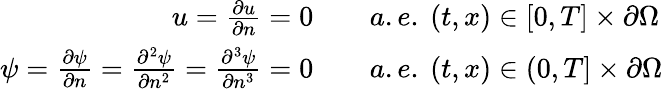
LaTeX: \begin{array}{rl}{u=\frac{\partial u}{\partial n}=0\quad}&{{}a.e.\ (t,x)\in[0,T]\times\partial\Omega}\\ {\psi=\frac{\partial\psi}{\partial n}=\frac{\partial^{2}\psi}{\partial n^{2}}=\frac{\partial^{3}\psi}{\partial n^{3}}=0\quad}&{{}a.e.\ (t,x)\in(0,T]\times\partial\Omega}\end{array}